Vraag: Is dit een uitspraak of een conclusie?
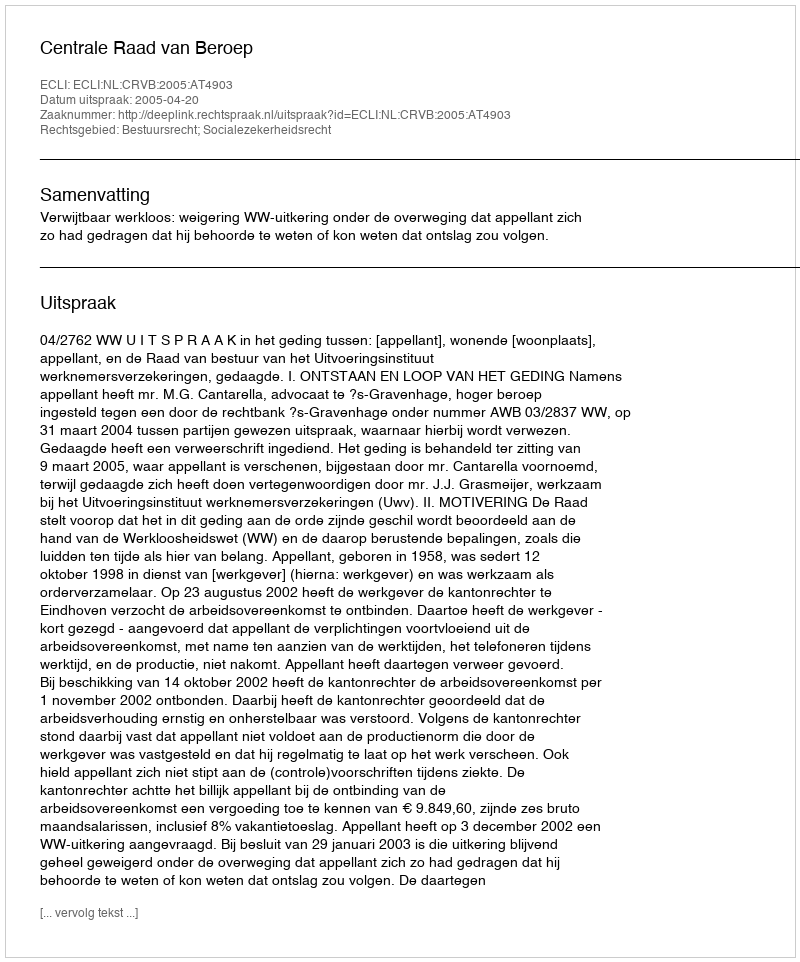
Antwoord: Uitspraak